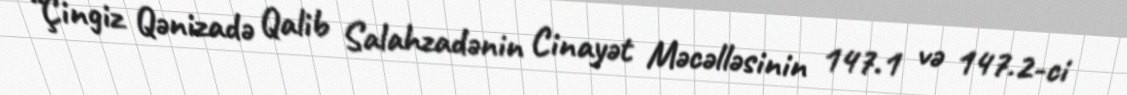
“Çingiz Qənizadə Qalib Salahzadənin Cinayət Məcəlləsinin 147.1 və 147.2-ci